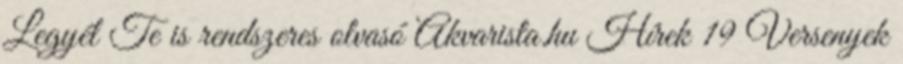
Legyél Te is rendszeres olvasó Akvarista.hu Hírek 19 Versenyek